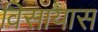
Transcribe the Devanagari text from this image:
विसायास